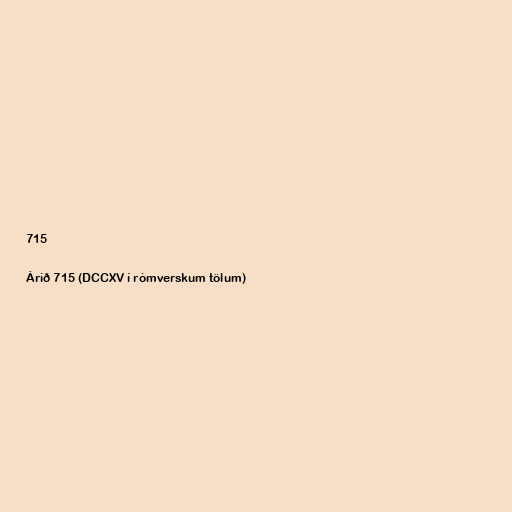
715

Árið 715 (DCCXV í rómverskum tölum)